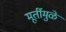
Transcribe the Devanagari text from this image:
मूर्तीमुळे